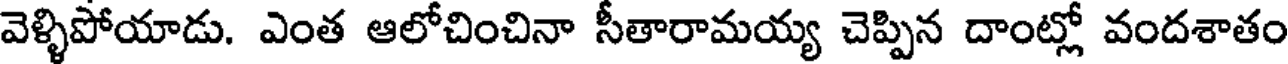
వెళ్ళిపోయాడు. ఎంత ఆలోచించినా సీతారామయ్య చెప్పిన దాంట్లో వందశాతం